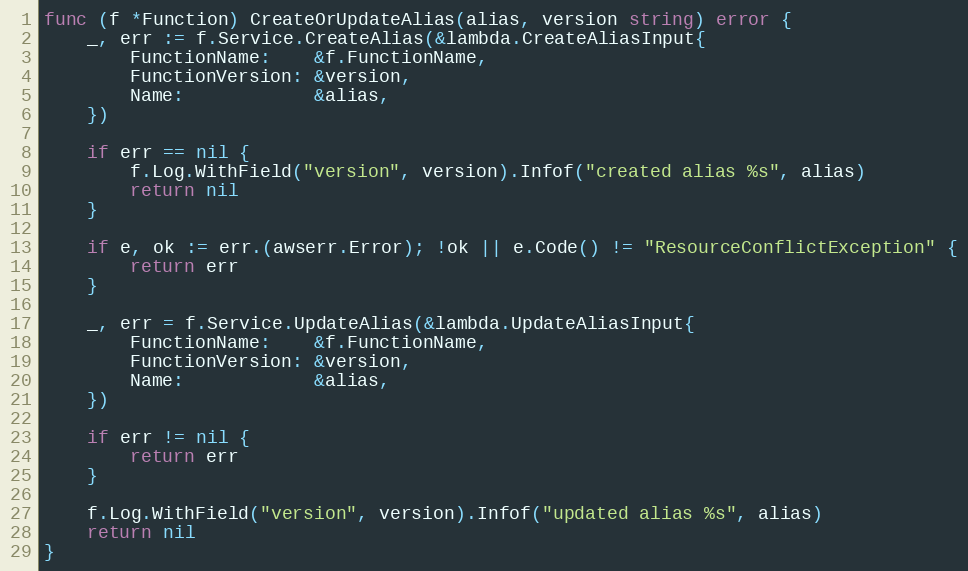
Language: Go
func (f *Function) CreateOrUpdateAlias(alias, version string) error {
	_, err := f.Service.CreateAlias(&lambda.CreateAliasInput{
		FunctionName:    &f.FunctionName,
		FunctionVersion: &version,
		Name:            &alias,
	})

	if err == nil {
		f.Log.WithField("version", version).Infof("created alias %s", alias)
		return nil
	}

	if e, ok := err.(awserr.Error); !ok || e.Code() != "ResourceConflictException" {
		return err
	}

	_, err = f.Service.UpdateAlias(&lambda.UpdateAliasInput{
		FunctionName:    &f.FunctionName,
		FunctionVersion: &version,
		Name:            &alias,
	})

	if err != nil {
		return err
	}

	f.Log.WithField("version", version).Infof("updated alias %s", alias)
	return nil
}